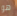
هو